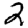
Digit: 2